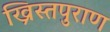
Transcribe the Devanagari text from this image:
ख्रिस्तपुराण